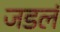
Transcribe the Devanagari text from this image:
जडलं